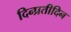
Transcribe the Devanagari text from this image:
दिन्प्रतीदिन